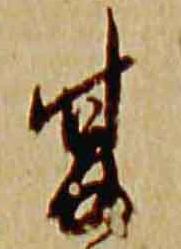
夏